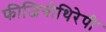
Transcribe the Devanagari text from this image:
फीजियोथिरेपी